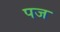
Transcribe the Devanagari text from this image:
पज